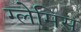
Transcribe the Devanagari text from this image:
ग्लेमिस